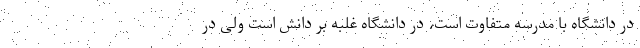
در دانشگاه با مدرسه متفاوت است، در دانشگاه غلبه بر دانش است ولی در